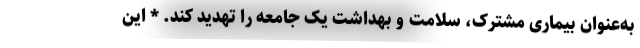
به‌عنوان بیماری مشترک، سلامت و بهداشت یک جامعه را تهدید کند. * این